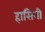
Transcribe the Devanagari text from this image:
हासिनी